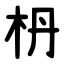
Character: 枬